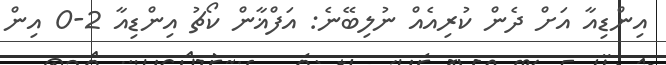
އިންޑިއާ އަށް ދެން ކުރިއެއް ނުލިބޭނެ: އަފްޣާން ކޯޗު އިންޑިއާ 2-0 އިން